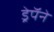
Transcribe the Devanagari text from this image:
ड्रेपॅने